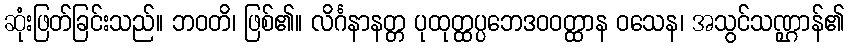
ဆုံးဖြတ်ခြင်းသည်။ ဘဝတိ၊ ဖြစ်၏။ လိင်္ဂနာနတ္တ ပုထုတ္ထပ္ပဘေဒဝဝတ္ထာန ဝသေန၊ အသွင်သဏ္ဌာန်၏